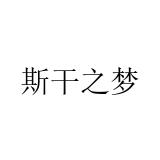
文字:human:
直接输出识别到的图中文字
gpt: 斯干之梦